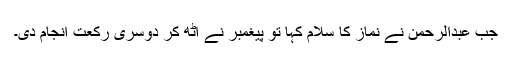
جب عبدالرحمن نے نماز کا سلام کہا تو پیغمبر نے اٹھ کر دوسری رکعت انجام دی۔